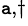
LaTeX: ^{\mathtt{a},\dagger}